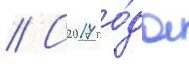
// С 2017 го́да